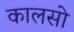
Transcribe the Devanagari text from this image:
कालसो